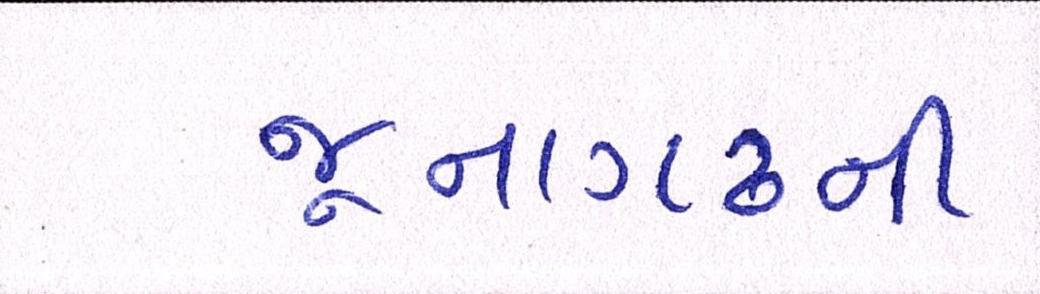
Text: જૂનાગઢની